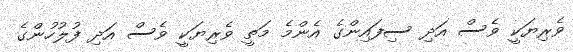
ވެރިޔަކީ ވެސް އަދި ސިފައިންގެ އެންމެ މަތީ ވެރިޔަކީ ވެސް އަދި ފުލުހުންގެ